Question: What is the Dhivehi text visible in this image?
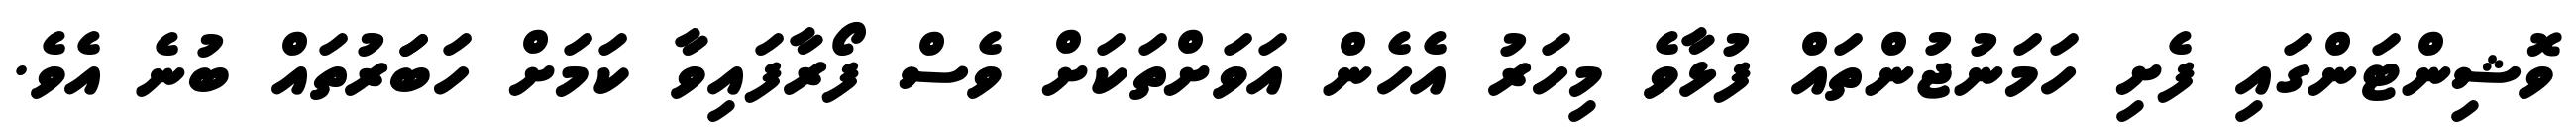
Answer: ވޮޝިންޓަންގައި ފެށި ހަމަނުޖުންތައް ފުޅާވެ މިހަރު އެހެން އަވަށްތަކަށް ވެސް ފޯރާފައިވާ ކަމަށް ހަބަަރުތައް ބުނެ އެވެ.